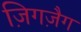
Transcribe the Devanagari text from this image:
ज़िगज़ैग